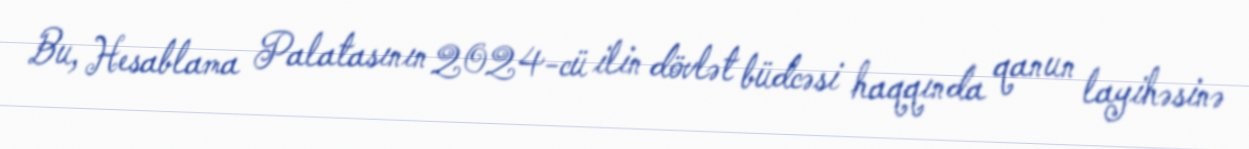
Bu, Hesablama Palatasının 2024-cü ilin dövlət büdcəsi haqqında qanun layihəsinə